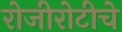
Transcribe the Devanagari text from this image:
रोजीरोटीचे